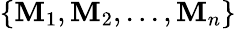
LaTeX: \{ \mathbf{M}_{1},\mathbf{M}_{2},...,\mathbf{M}_{n}\}